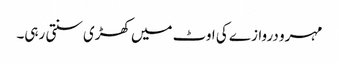
مہرو دروازے کی اوٹ میں کھڑی سنتی رہی۔